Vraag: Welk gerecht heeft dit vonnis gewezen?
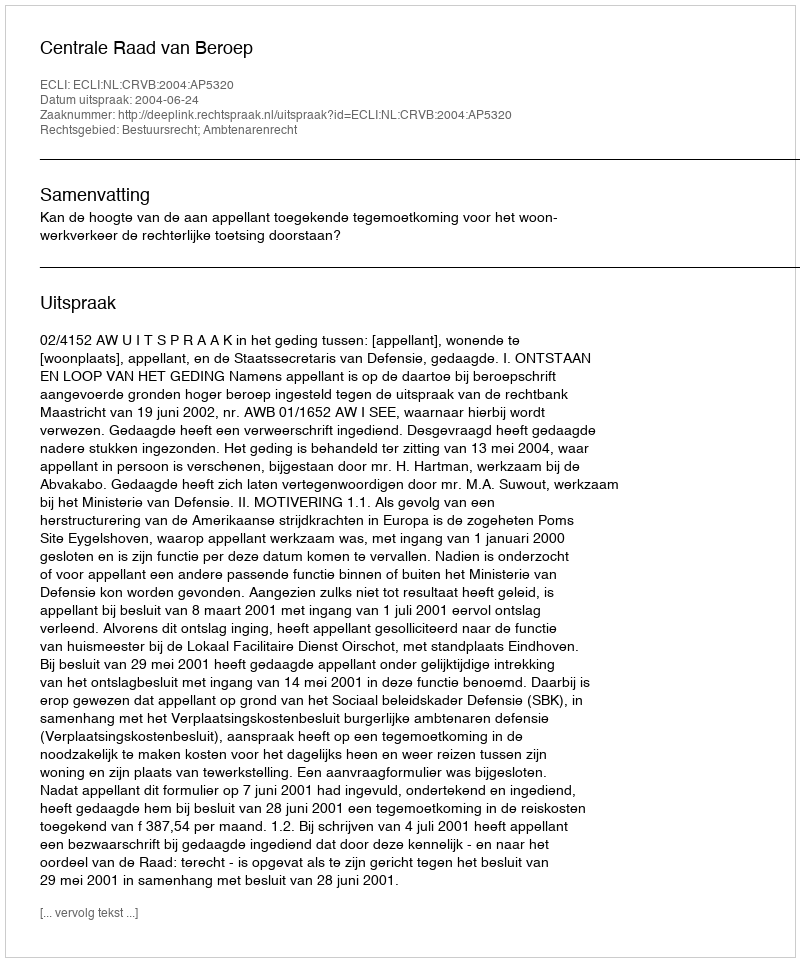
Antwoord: Centrale Raad van Beroep